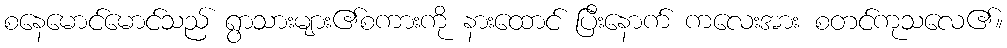
စနေမောင်မောင်သည် ရွာသားများ၏စကားကို နားထောင် ပြီးနောက် ကလေးအား စတင်ကုသလေ၏။